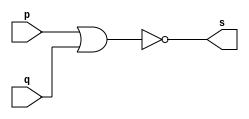
// PUC Minas - Ciencia da Computacao - Arquitetura de Computadores I
// Exemplo0007 - nor 
// Nome: Ana Cristina P. Teixeira

// 02. Construir a tabela_verdade para a porta NOR com 2 entradas.
// Obs.: Usar operador ( ~(a|b) ) na definio do mdulo.
// 		Usar $monitor ( ).

// --------------------- 
// -- nor gate 
// --------------------- 
module norgate (output s, input p, input q);
	assign s = ~(p | q); // vinculo permanente
endmodule // nor

// --------------------- 
// -- test norgate 
// --------------------- 
module testnorgate; 
// ------------------------- dados locais 
	reg a, b; // definir registrador 
	wire s; // definir conexao (fio) 
// ------------------------- instancia 
	norgate NOR1 (s, a, b);
// ------------------------- preparacao
	initial begin:start
		a = 0;
		b = 0;
	end
// ------------------------- parte principal
	initial begin:main
		$display("Exemplo0007 - Exercicio0002 - Ana Cristina - 427385");
		$display("Test nor gate");
		$display("\n ~(a | b) = s\n");
		$monitor("~(%b | %b) = %b", a, b, s); 
		#1 a = 0; b = 0;
		#1 a = 0; b = 1;
		#1 a = 1; b = 0;
		#1 a = 1; b = 1;
	end
endmodule // testnorgate

// previsao de testes
// ~(a | b) primeiro teste
// ~(0 | 0) = ~(0) = 1
// ~(0 | 1) = ~(1) = 0
// ~(1 | 0) = ~(1) = 0
// ~(1 | 1) = ~(1) = 0
// por de morgan = ~a & ~b segundo teste
// ~0 & ~0 = 1 & 1 = 1
// ~0 & ~1 = 1 & 0 = 0
// ~1 & ~0 = 0 & 1 = 0
// ~1 & ~1 = 0 & 0 = 0
// conclusao nandgate funcionou corretamente como o esperado